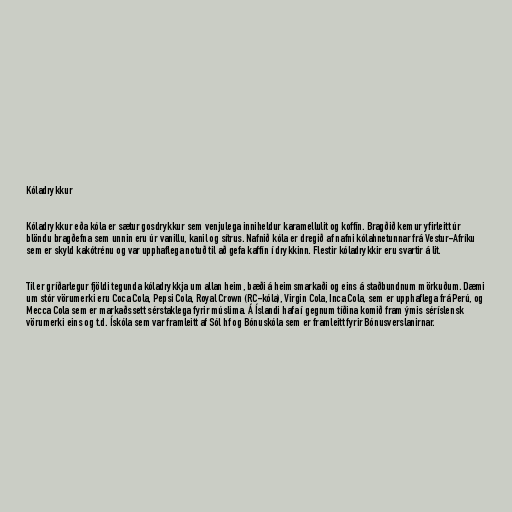
Kóladrykkur

Kóladrykkur eða kóla er sætur gosdrykkur sem venjulega inniheldur karamellulit og koffín. Bragðið kemur yfirleitt úr
blöndu bragðefna sem unnin eru úr vanillu, kanil og sítrus. Nafnið kóla er dregið af nafni kólahnetunnar frá Vestur-Afríku
sem er skyld kakótrénu og var upphaflega notuð til að gefa kaffín í drykkinn. Flestir kóladrykkir eru svartir á lit.

Til er gríðarlegur fjöldi tegunda kóladrykkja um allan heim, bæði á heimsmarkaði og eins á staðbundnum mörkuðum. Dæmi
um stór vörumerki eru Coca Cola, Pepsi Cola, Royal Crown (RC-kóla), Virgin Cola, Inca Cola, sem er upphaflega frá Perú, og
Mecca Cola sem er markaðssett sérstaklega fyrir múslima. Á Íslandi hafa í gegnum tíðina komið fram ýmis séríslensk
vörumerki eins og t.d. Ískóla sem var framleitt af Sól hf og Bónuskóla sem er framleitt fyrir Bónusverslanirnar.